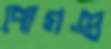
পোগণ্ড